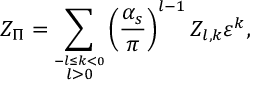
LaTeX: Z _ { \Pi } = \sum _ { \stackrel { - l \leq k < 0 } { l > 0 } } \left( \frac { \alpha _ { s } } { \pi } \right) ^ { l - 1 } Z _ { l , k } \varepsilon ^ { k } ,